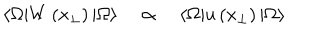
\langle \Omega | W \left( x _ { \perp } \right) | \Omega \rangle \quad \propto \quad \langle \Omega | u \left( x _ { \perp } \right) | \Omega \rangle